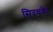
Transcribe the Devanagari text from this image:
सिदधवेद